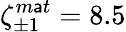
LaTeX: \zeta_{\pm1}^{m\mathsf{a}t}=8.5